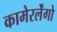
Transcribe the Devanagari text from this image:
कामेरर्लेंगो